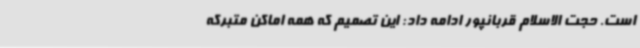
است. حجت الاسلام قربانپور ادامه داد: این تصمیم که همه اماکن متبرکه